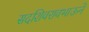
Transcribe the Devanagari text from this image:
सदशिवरावभाऊने